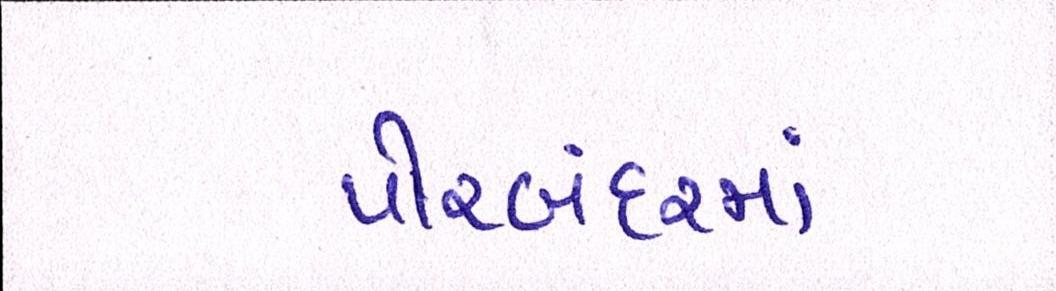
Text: પોરબંદરમાં